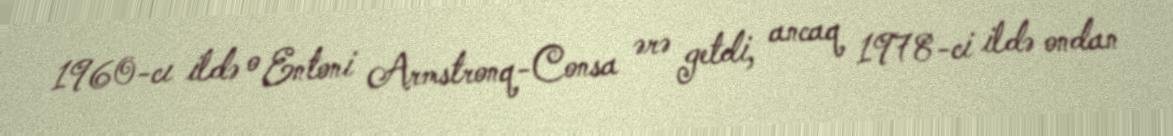
1960-cı ildə o Entoni Armstronq-Consa ərə getdi, ancaq 1978-ci ildə ondan